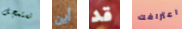
تستعجل أين قد اعترافك